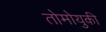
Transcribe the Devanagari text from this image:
तोमोयुकी